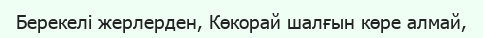
Берекелі жерлерден, Көкорай шалғын көре алмай,